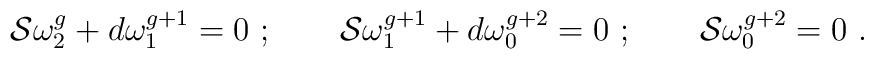
{\cal S}\omega_2^g+d\omega_1^{g+1}=0\ ;\qquad {\cal S}\omega_1^{g+1}+d\omega_0^{g+2}=0\ ;\qquad{\cal S}\omega_0^{g+2}=0 \ .